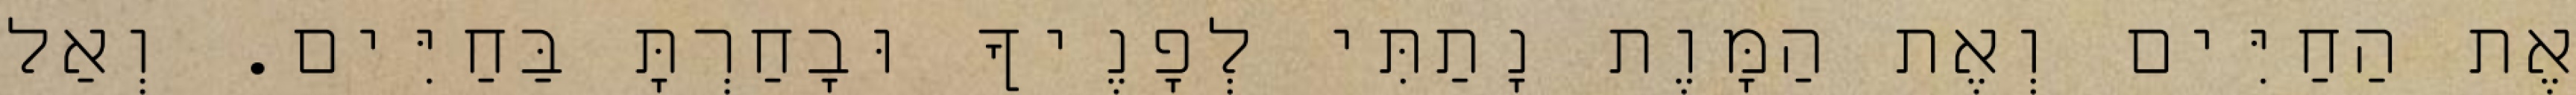
אֶת הַחַיִּים וְאֶת הַמָּוֶת נָתַתִּי לְפָנֶיךָ וּבָחַרְתָּ בַּחַיִּים. וְאַל